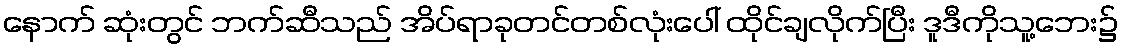
နောက် ဆုံးတွင် ဘက်ဆီသည် အိပ်ရာခုတင်တစ်လုံးပေါ် ထိုင်ချလိုက်ပြီး ဒူဒီကိုသူ့ဘေး၌